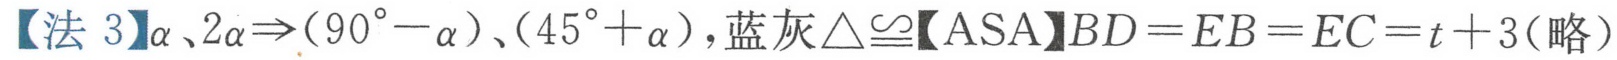
【法 3】\(\alpha、2\alpha\Rightarrow(90^{\circ}-\alpha)、(45^{\circ}+\alpha)\)，蓝灰\(\triangle\cong\)【ASA】\(BD = EB = EC=t + 3\)（略）